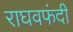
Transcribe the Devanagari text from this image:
राघवफंदी